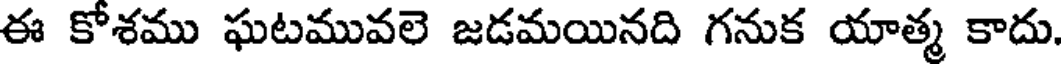
ఈ కోశము ఘటమువలె జడమయినది గనుక యాత్మ కాదు